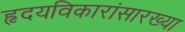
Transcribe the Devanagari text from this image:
हृदयविकारांसारख्या